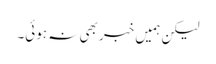
لیکن ہمیں خبر بھی نہ ہوئی۔